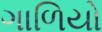
ગાળિયો